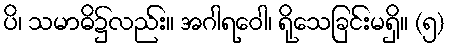
ပိ၊ သမာဓိ၌လည်း။ အဂါရဝေါ၊ ရိုသေခြင်းမရှိ။ (၅)